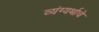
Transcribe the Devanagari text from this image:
व्यंग्यर्थाचे